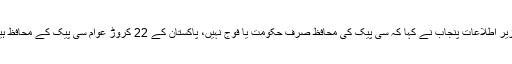
وزیر اطلاعات پنجاب نے کہا کہ سی پیک کی محافظ صرف حکومت یا فوج نہیں، پاکستان کے 22 کروڑ عوام سی پیک کے محافظ ہیں۔